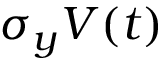
\sigma _ { y } V ( t )